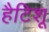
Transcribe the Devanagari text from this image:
हैटिशू